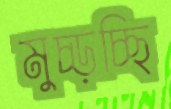
মুচ্‌ড়চ্ছি